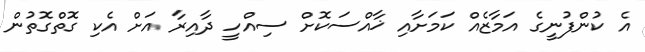
އެ ކުންފުނީގެ އަމާޒެއް ކަމަށާއި ޚާއްސަކޮށް ސިއްހީ ދާއިރާ އަށް އެކި ގޮތްގޮތުން